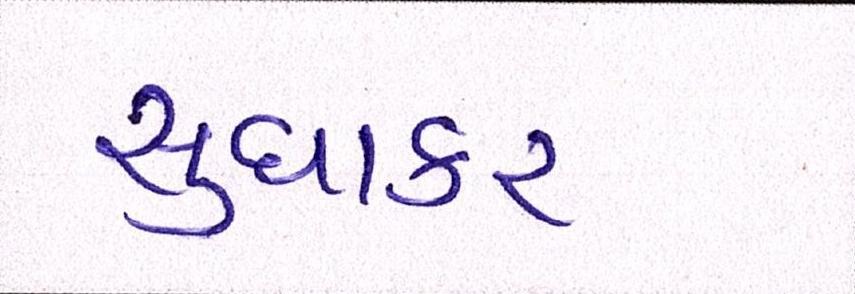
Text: સુધાકર